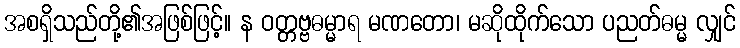
အစရှိသည်တို့၏အဖြစ်ဖြင့်။ န ဝတ္တဗ္ဗဓမ္မာရ မဏတော၊ မဆိုထိုက်သော ပညတ်ဓမ္မ လျှင်